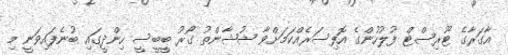
އާގަރާގެ ޓޫރިސްޓް ފުލުހުންގެ އޮފިސަރެއްކަމަށްވާ ޝުޝާންތު ގޯރު ބީބީސީ ހިންދީގައި ބުނެފައިވަނީ މި